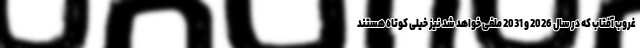
غروب آفتاب که در سال 2026 و 2031 ملغی خواهد شد نیز خیلی کوتاه هستند